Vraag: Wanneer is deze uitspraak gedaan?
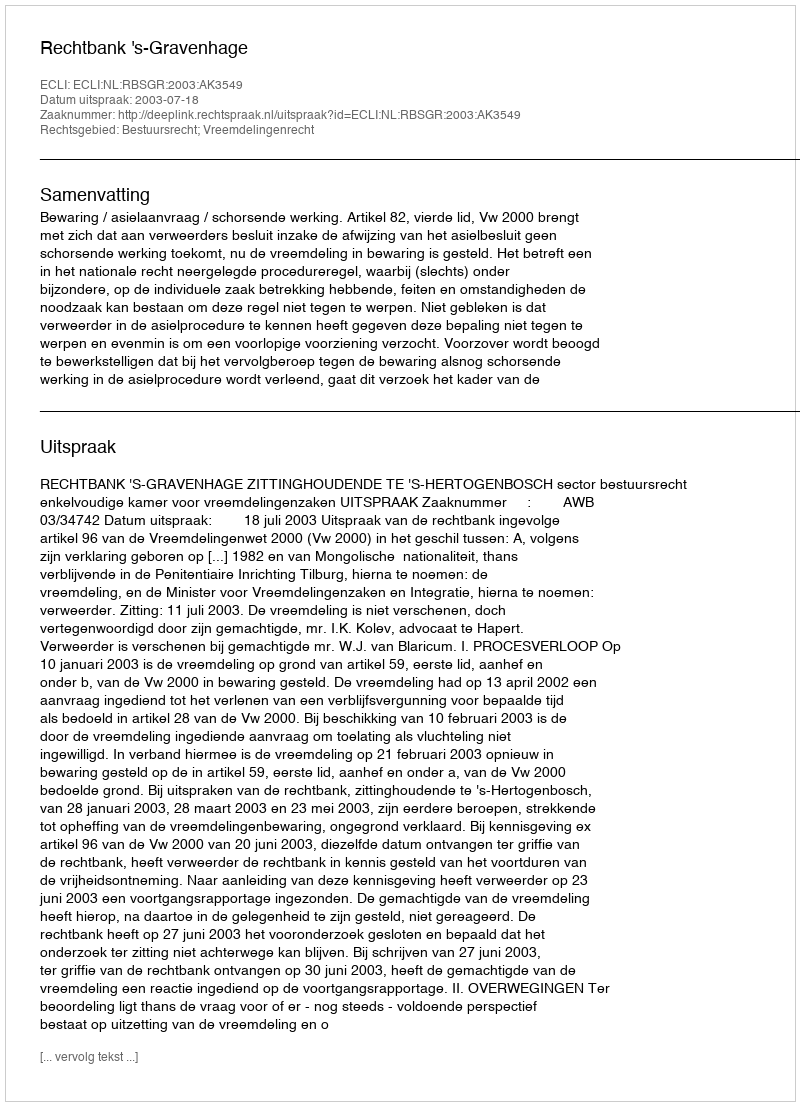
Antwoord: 2003-07-18